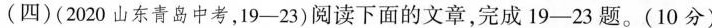
（四）（2020山东青中考，19-22）阅读下面的文章，完成19-23题。（10分）